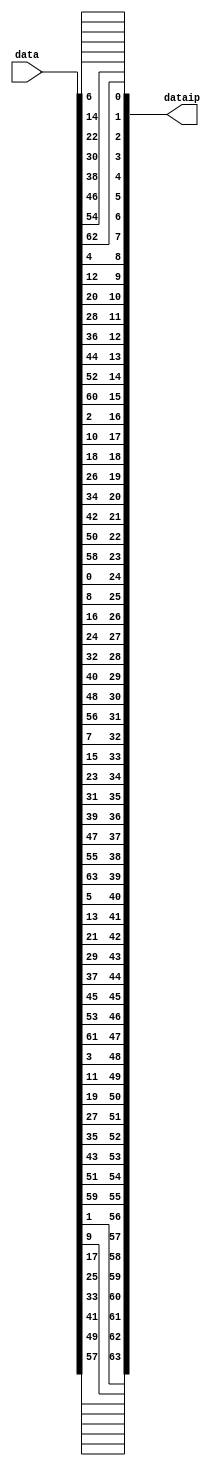
module dataip(data,dataip);

input [64:1] data;
output reg [63:0] dataip;

always @ (*)
	begin
		// rearrange message data per message IP block diagram
		// |
		// | 58 | 50 | 42 | 34 | 26 | 18 | 10 | 2 |
		// | 60 | 52 | 44 | 36 | 28 | 20 | 12 | 4 |
		// | 62 | 54 | 46 | 38 | 30 | 22 | 14 | 6 |
		// | 64 | 56 | 48 | 40 | 32 | 24 | 16 | 8 |
		// | 57 | 49 | 41 | 33 | 25 | 17 | 9  | 1 |
		// | 59 | 51 | 43 | 35 | 27 | 19 | 11 | 3 |
		// | 61 | 53 | 45 | 37 | 29 | 21 | 13 | 5 |
		// | 63 | 55 | 47 | 39 | 31 | 23 | 15 | 7 |
		dataip = {data[58],data[50],data[42],data[34],data[26],data[18],data[10],data[2],data[60],data[52],data[44],data[36],data[28],data[20],data[12],data[4],data[62],data[54],data[46],data[38],data[30],data[22],data[14],data[6],data[64],data[56],data[48],data[40],data[32],data[24],data[16],data[8],data[57],data[49],data[41],data[33],data[25],data[17],data[9],data[1],data[59],data[51],data[43],data[35],data[27],data[19],data[11],data[3],data[61],data[53],data[45],data[37],data[29],data[21],data[13],data[5],data[63],data[55],data[47],data[39],data[31],data[23],data[15],data[7]};
	end

endmodule